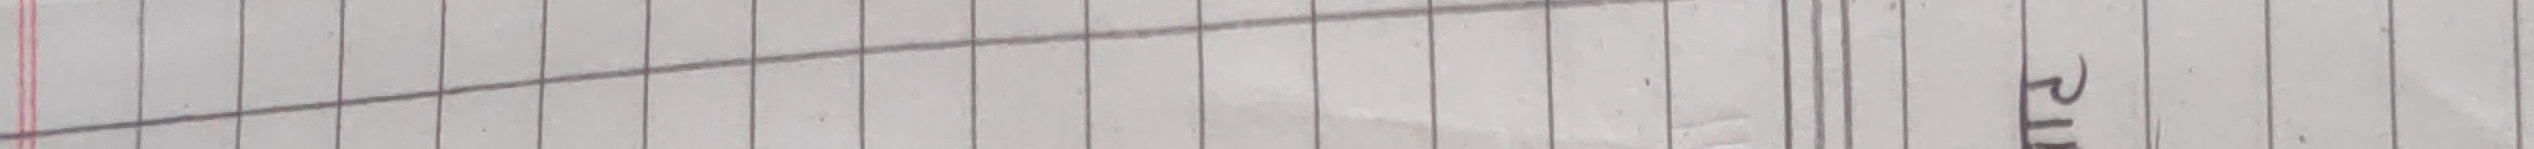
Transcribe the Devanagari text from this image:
मा